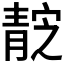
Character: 𱁭